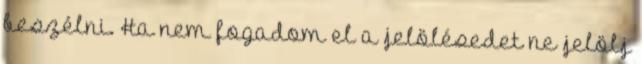
beszélni. Ha nem fogadom el a jelölésedet ne jelölj